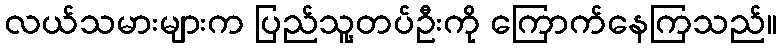
လယ်သမားများက ပြည်သူ့တပ်ဦးကို ကြောက်နေကြသည်။